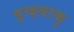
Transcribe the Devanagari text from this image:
इच्क्ष्वाकु